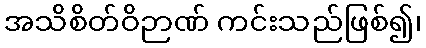
အသိစိတ်ဝိဉာဏ် ကင်းသည်ဖြစ်၍၊